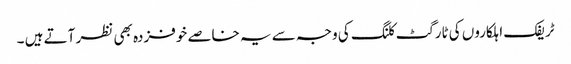
ٹریفک اہلکاروں کی ٹارگٹ کلنگ کی وجہ سے یہ خاصے خوفزدہ بھی نظر آتے ہیں ۔